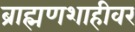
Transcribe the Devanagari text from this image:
ब्राह्मणशाहीवर